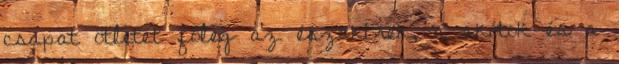
csapat ötletét főleg az északírek, a skótok és a